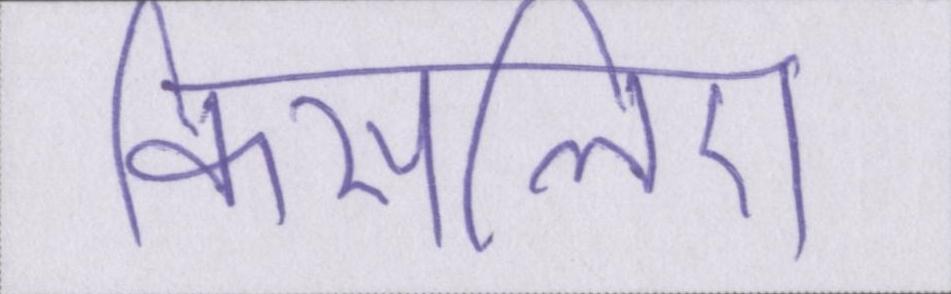
किसलिए